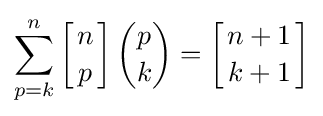
\sum _{p=k}^{n}{\left[{n \atop p}\right]{\binom {p}{k}}}=\left[{n+1 \atop k+1}\right]